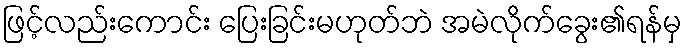
ဖြင့်လည်းကောင်း ပြေးခြင်းမဟုတ်ဘဲ အမဲလိုက်ခွေး၏ရန်မှ